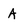
Character: A